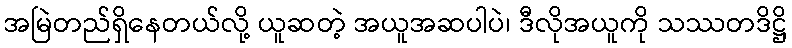
အမြဲတည်ရှိနေတယ်လို့ ယူဆတဲ့ အယူအဆပါပဲ၊ ဒီလိုအယူကို သဿတဒိဋ္ဌိ